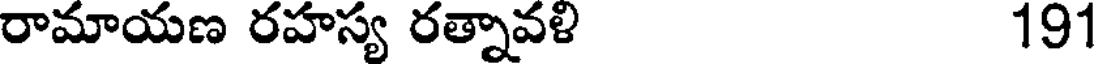
రామాయణ రహస్య రత్నావళి 191